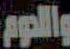
واللحوم